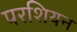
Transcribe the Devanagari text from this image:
परशियन